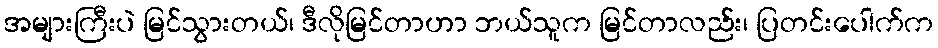
အများကြီးပဲ မြင်သွားတယ်၊ ဒီလိုမြင်တာဟာ ဘယ်သူက မြင်တာလည်း၊ ပြတင်းပေါက်က